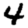
Digit: 4